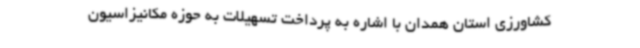
کشاورزی استان همدان با اشاره به پرداخت تسهیلات به حوزه مکانیزاسیون